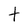
Character: t